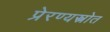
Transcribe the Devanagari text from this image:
प्रेरण्यस्त्रोत